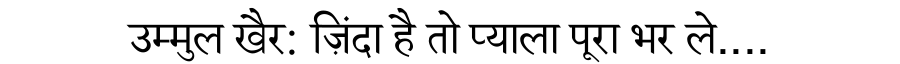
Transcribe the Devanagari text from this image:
उम्मुल खैर: ज़िंदा है तो प्याला पूरा भर ले....